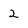
Character: 2